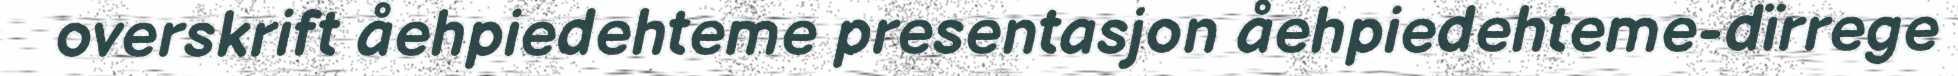
overskrift åehpiedehteme presentasjon åehpiedehteme-dïrrege